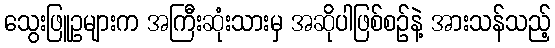
သွေးဖြူဥများက အကြီးဆုံးသားမှ အဆိုပါဖြစ်စဉ်နဲ့ အားသန်သည့်